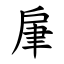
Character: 肁